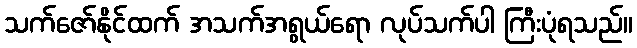
သက်ဇော်နိုင်ထက် အသက်အရွယ်ရော လုပ်သက်ပါ ကြီးပုံရသည်။